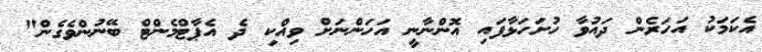
އެކަމަކު އަހަރެން ދައުވާ ހުށަހަޅާފައި އޮންނާނީ އަހަންނަށް ވިއްކި ދެ އެޕާޓްމެންޓް ބޭނުންވެގެން"